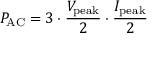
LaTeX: P _ { \mathrm { A C } } = 3 \cdot { \frac { V _ { \mathrm { p e a k } } } { 2 } } \cdot { \frac { I _ { \mathrm { p e a k } } } { 2 } }